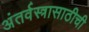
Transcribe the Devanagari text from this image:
अंतर्वस्त्रासाठीची